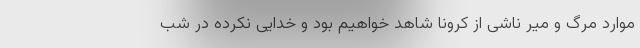
موارد مرگ و میر ناشی از کرونا شاهد خواهیم بود و خدایی نکرده در شب